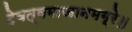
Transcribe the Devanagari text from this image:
देवत्वमाजानमग्रे॥